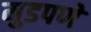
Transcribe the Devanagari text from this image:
मुडपणे